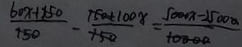
\frac { 6 0 x + 5 0 0 } { 1 5 0 } - \frac { 1 5 0 x + 1 0 0 x } { 1 5 0 } = \frac { 5 0 0 0 x - 2 5 0 0 0 } { 1 0 0 0 0 }